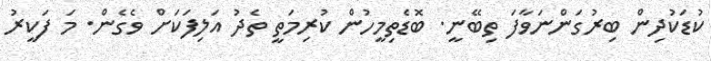
ކުޑަކުދިން ބިރުގަންނަވާފަ ތިބޭނީ. ބޮޑެތިމީހުން ކުރިމަތީ ތެދު އަލިފަކަށް ވެގެން. މަ ފަކީރު